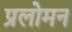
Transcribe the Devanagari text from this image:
प्रलोमन